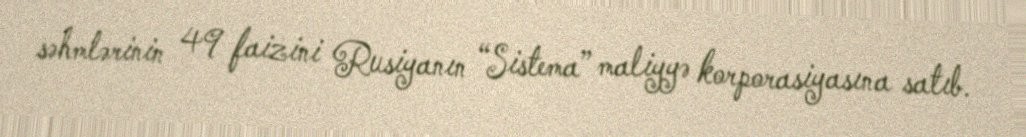
səhmlərinin 49 faizini Rusiyanın “Sistema” maliyyə korporasiyasına satıb.